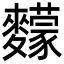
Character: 䵆